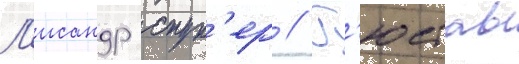
Л'исандр спун'ер // Г'юстав